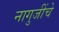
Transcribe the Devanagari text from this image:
नागुजींचे